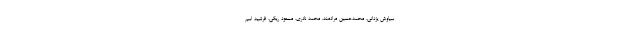
سیاوش یزدانی، محمدحسین مرادمند، محمد نادری، مسعود ریگی، فرشید اسم